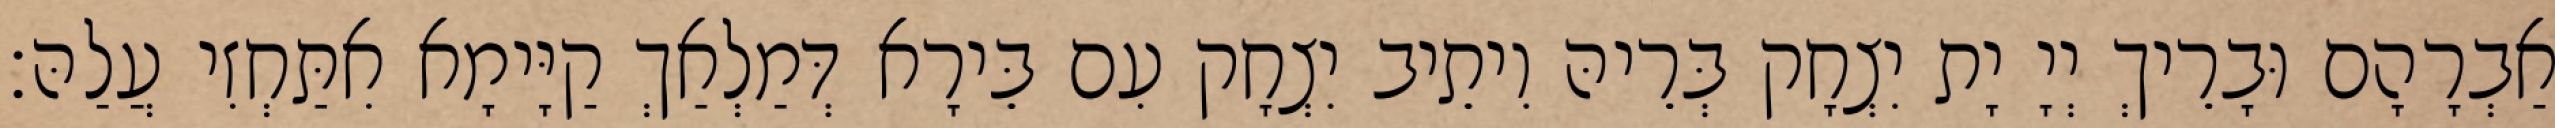
אַבְרָהָם וּבָרֵיךְ יְיָ יָת יִצְחָק בְּרֵיהּ וִיתֵיב יִצְחָק עִם בֵּירָא דְּמַלְאַךְ קַיָּימָא אִתַּחְזִי עֲלַהּ׃